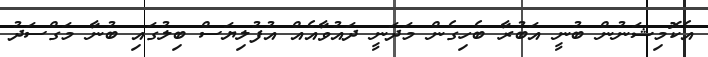
އެކޮމިޝަނުން ބުނީ އަބުރާ ބެހިގެން މަދަނީ ދައުވާއެއް އުފުލިޔަސް ބިލުގައި ބުނާ މަގްސަދު